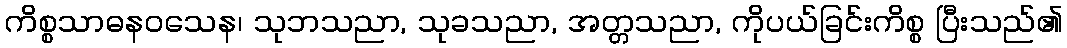
ကိစ္စသာဓနဝသေန၊ သုဘသညာ, သုခသညာ, အတ္တသညာ, ကိုပယ်ခြင်းကိစ္စ ပြီးသည်၏